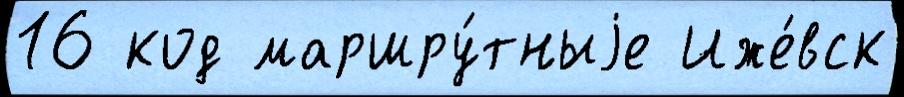
16 код маршру́тныjе Иже́вск